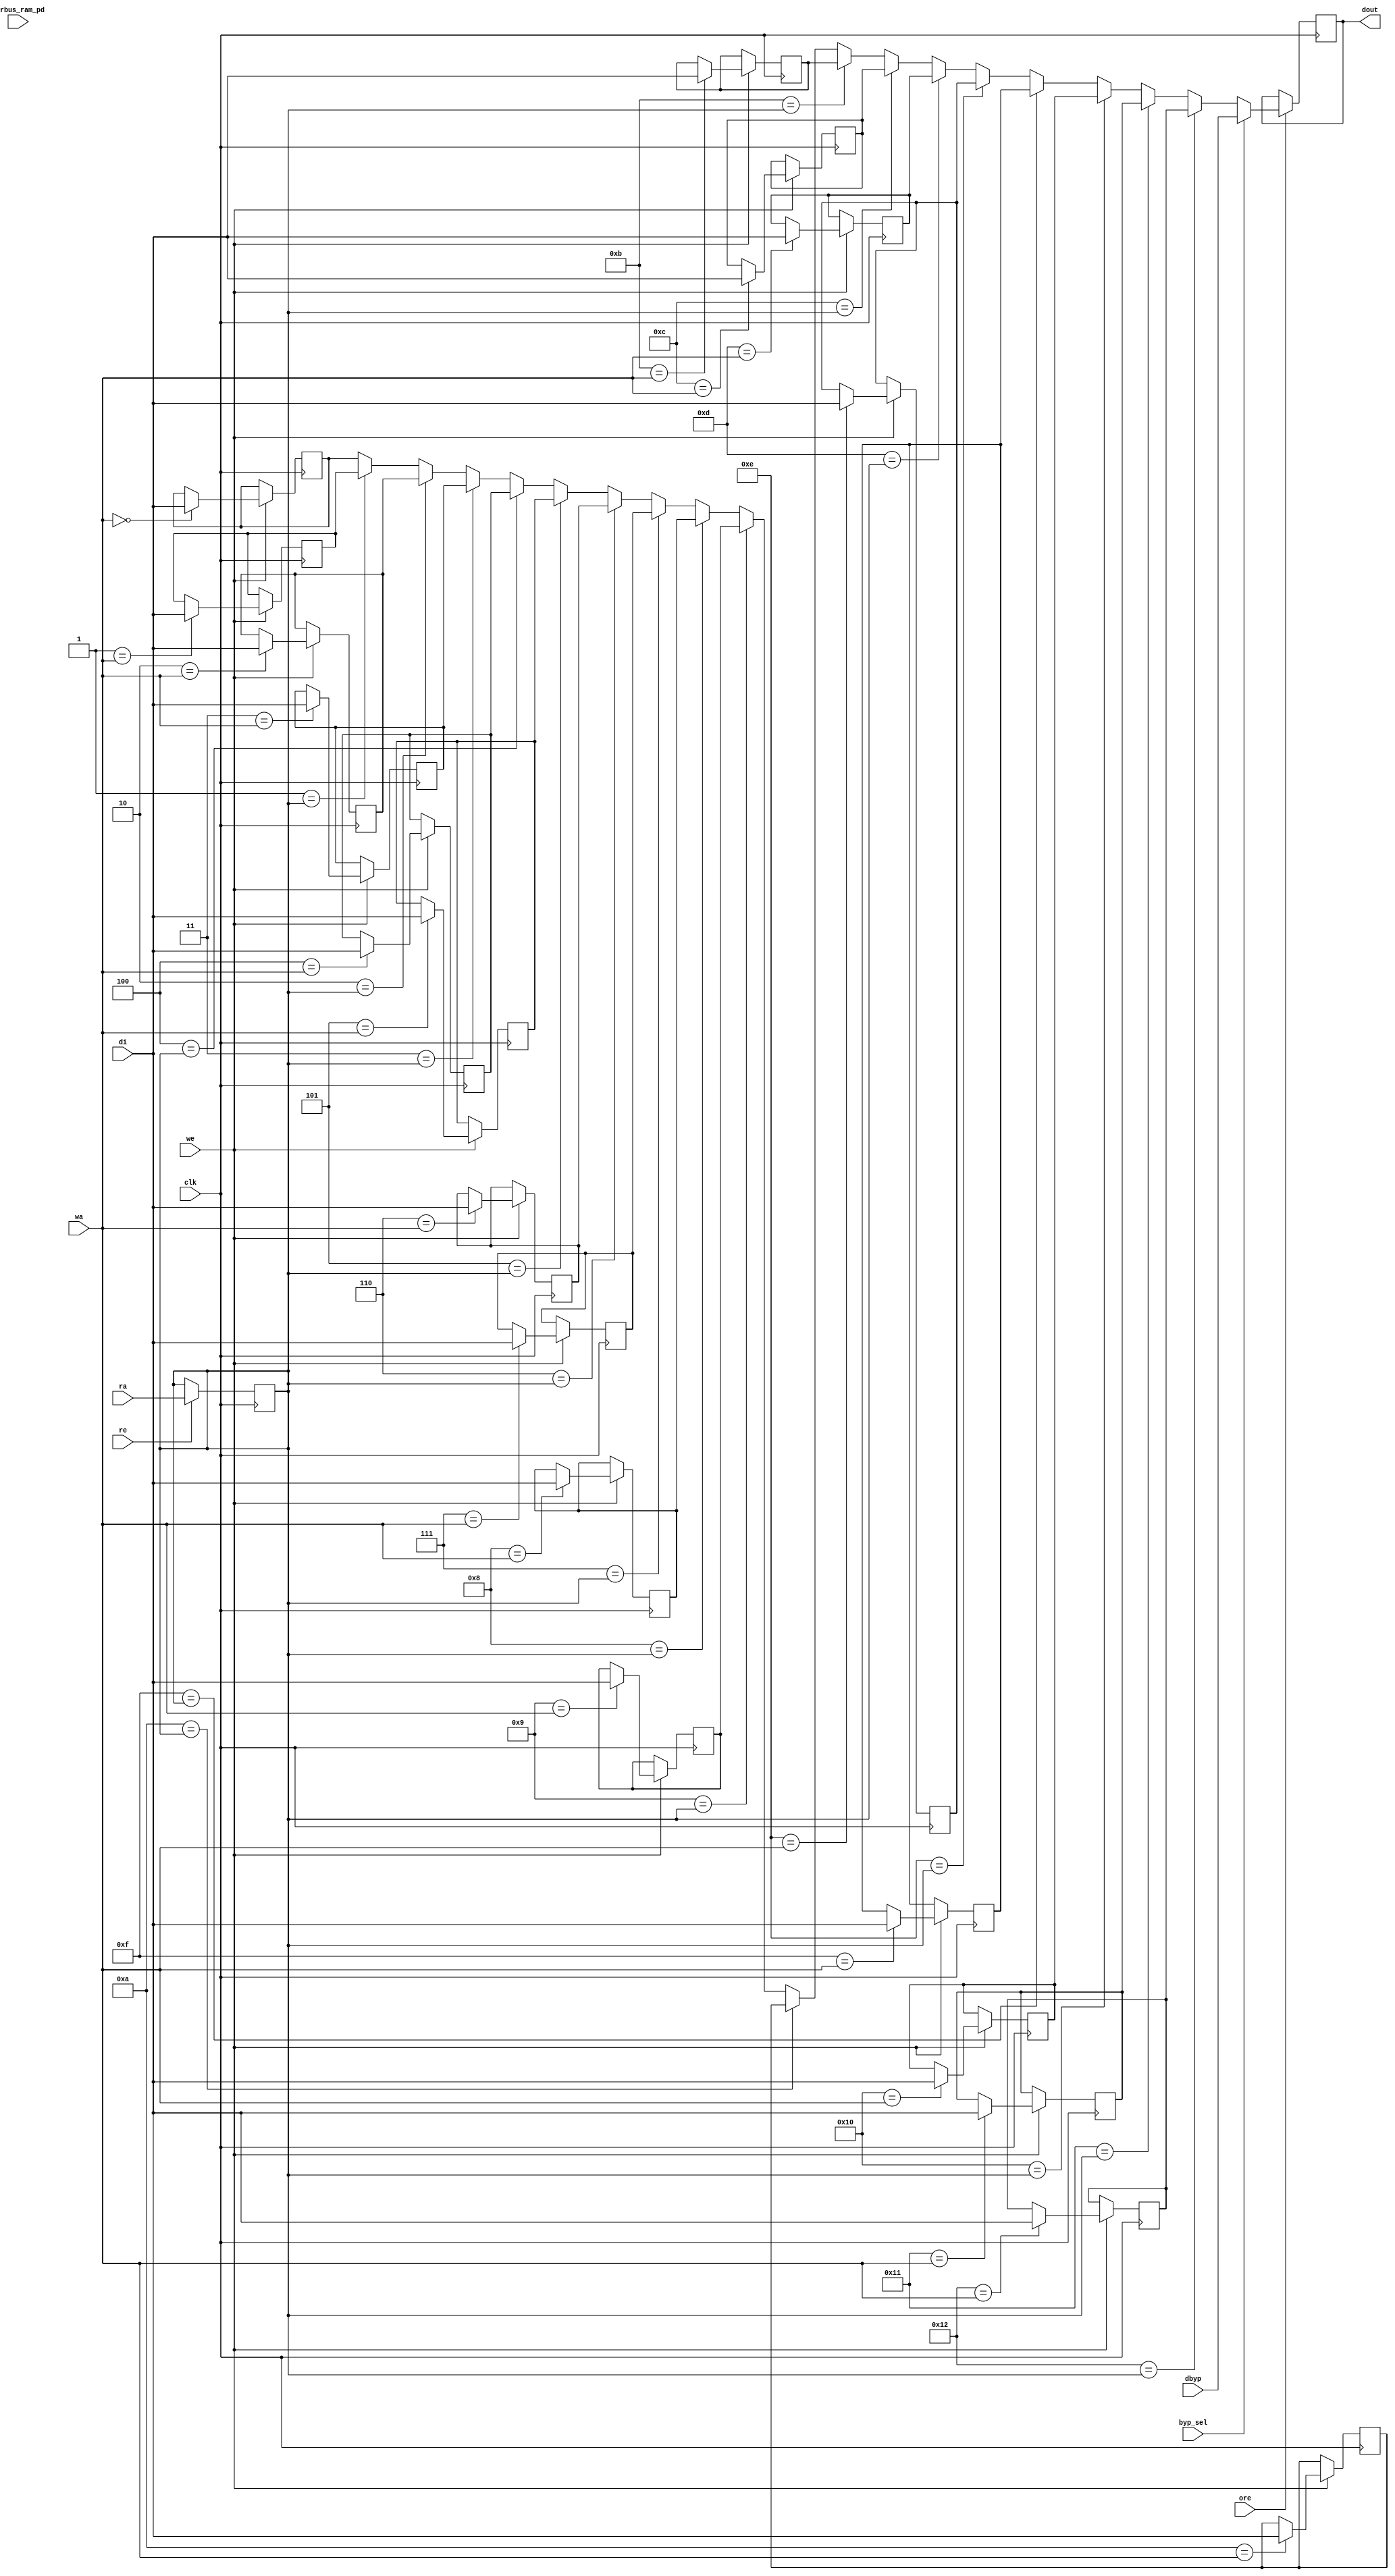
module nv_ram_rwsthp( // @[:@3.2]
  input         clk, // @[:@6.4]
  input         re, // @[:@6.4]
  input         we, // @[:@6.4]
  input         byp_sel, // @[:@6.4]
  input         ore, // @[:@6.4]
  input  [31:0] dbyp, // @[:@6.4]
  input  [4:0]  ra, // @[:@6.4]
  input  [4:0]  wa, // @[:@6.4]
  input  [31:0] pwrbus_ram_pd, // @[:@6.4]
  input  [31:0] di, // @[:@6.4]
  output [31:0] dout // @[:@6.4]
);
  reg [31:0] mem_0; // @[nv_ram_rwsthp.scala 53:14:@8.4]
  reg [31:0] _RAND_0;
  reg [31:0] mem_1; // @[nv_ram_rwsthp.scala 53:14:@8.4]
  reg [31:0] _RAND_1;
  reg [31:0] mem_2; // @[nv_ram_rwsthp.scala 53:14:@8.4]
  reg [31:0] _RAND_2;
  reg [31:0] mem_3; // @[nv_ram_rwsthp.scala 53:14:@8.4]
  reg [31:0] _RAND_3;
  reg [31:0] mem_4; // @[nv_ram_rwsthp.scala 53:14:@8.4]
  reg [31:0] _RAND_4;
  reg [31:0] mem_5; // @[nv_ram_rwsthp.scala 53:14:@8.4]
  reg [31:0] _RAND_5;
  reg [31:0] mem_6; // @[nv_ram_rwsthp.scala 53:14:@8.4]
  reg [31:0] _RAND_6;
  reg [31:0] mem_7; // @[nv_ram_rwsthp.scala 53:14:@8.4]
  reg [31:0] _RAND_7;
  reg [31:0] mem_8; // @[nv_ram_rwsthp.scala 53:14:@8.4]
  reg [31:0] _RAND_8;
  reg [31:0] mem_9; // @[nv_ram_rwsthp.scala 53:14:@8.4]
  reg [31:0] _RAND_9;
  reg [31:0] mem_10; // @[nv_ram_rwsthp.scala 53:14:@8.4]
  reg [31:0] _RAND_10;
  reg [31:0] mem_11; // @[nv_ram_rwsthp.scala 53:14:@8.4]
  reg [31:0] _RAND_11;
  reg [31:0] mem_12; // @[nv_ram_rwsthp.scala 53:14:@8.4]
  reg [31:0] _RAND_12;
  reg [31:0] mem_13; // @[nv_ram_rwsthp.scala 53:14:@8.4]
  reg [31:0] _RAND_13;
  reg [31:0] mem_14; // @[nv_ram_rwsthp.scala 53:14:@8.4]
  reg [31:0] _RAND_14;
  reg [31:0] mem_15; // @[nv_ram_rwsthp.scala 53:14:@8.4]
  reg [31:0] _RAND_15;
  reg [31:0] mem_16; // @[nv_ram_rwsthp.scala 53:14:@8.4]
  reg [31:0] _RAND_16;
  reg [31:0] mem_17; // @[nv_ram_rwsthp.scala 53:14:@8.4]
  reg [31:0] _RAND_17;
  reg [31:0] mem_18; // @[nv_ram_rwsthp.scala 53:14:@8.4]
  reg [31:0] _RAND_18;
  reg [4:0] ra_d; // @[nv_ram_rwsthp.scala 54:15:@9.4]
  reg [31:0] _RAND_19;
  wire [31:0] _GEN_0; // @[nv_ram_rwsthp.scala 57:16:@11.6]
  wire [31:0] _GEN_1; // @[nv_ram_rwsthp.scala 57:16:@11.6]
  wire [31:0] _GEN_2; // @[nv_ram_rwsthp.scala 57:16:@11.6]
  wire [31:0] _GEN_3; // @[nv_ram_rwsthp.scala 57:16:@11.6]
  wire [31:0] _GEN_4; // @[nv_ram_rwsthp.scala 57:16:@11.6]
  wire [31:0] _GEN_5; // @[nv_ram_rwsthp.scala 57:16:@11.6]
  wire [31:0] _GEN_6; // @[nv_ram_rwsthp.scala 57:16:@11.6]
  wire [31:0] _GEN_7; // @[nv_ram_rwsthp.scala 57:16:@11.6]
  wire [31:0] _GEN_8; // @[nv_ram_rwsthp.scala 57:16:@11.6]
  wire [31:0] _GEN_9; // @[nv_ram_rwsthp.scala 57:16:@11.6]
  wire [31:0] _GEN_10; // @[nv_ram_rwsthp.scala 57:16:@11.6]
  wire [31:0] _GEN_11; // @[nv_ram_rwsthp.scala 57:16:@11.6]
  wire [31:0] _GEN_12; // @[nv_ram_rwsthp.scala 57:16:@11.6]
  wire [31:0] _GEN_13; // @[nv_ram_rwsthp.scala 57:16:@11.6]
  wire [31:0] _GEN_14; // @[nv_ram_rwsthp.scala 57:16:@11.6]
  wire [31:0] _GEN_15; // @[nv_ram_rwsthp.scala 57:16:@11.6]
  wire [31:0] _GEN_16; // @[nv_ram_rwsthp.scala 57:16:@11.6]
  wire [31:0] _GEN_17; // @[nv_ram_rwsthp.scala 57:16:@11.6]
  wire [31:0] _GEN_18; // @[nv_ram_rwsthp.scala 57:16:@11.6]
  wire [31:0] _GEN_40; // @[nv_ram_rwsthp.scala 64:27:@16.4]
  wire [31:0] _GEN_41; // @[nv_ram_rwsthp.scala 64:27:@16.4]
  wire [31:0] _GEN_42; // @[nv_ram_rwsthp.scala 64:27:@16.4]
  wire [31:0] _GEN_43; // @[nv_ram_rwsthp.scala 64:27:@16.4]
  wire [31:0] _GEN_44; // @[nv_ram_rwsthp.scala 64:27:@16.4]
  wire [31:0] _GEN_45; // @[nv_ram_rwsthp.scala 64:27:@16.4]
  wire [31:0] _GEN_46; // @[nv_ram_rwsthp.scala 64:27:@16.4]
  wire [31:0] _GEN_47; // @[nv_ram_rwsthp.scala 64:27:@16.4]
  wire [31:0] _GEN_48; // @[nv_ram_rwsthp.scala 64:27:@16.4]
  wire [31:0] _GEN_49; // @[nv_ram_rwsthp.scala 64:27:@16.4]
  wire [31:0] _GEN_50; // @[nv_ram_rwsthp.scala 64:27:@16.4]
  wire [31:0] _GEN_51; // @[nv_ram_rwsthp.scala 64:27:@16.4]
  wire [31:0] _GEN_52; // @[nv_ram_rwsthp.scala 64:27:@16.4]
  wire [31:0] _GEN_53; // @[nv_ram_rwsthp.scala 64:27:@16.4]
  wire [31:0] _GEN_54; // @[nv_ram_rwsthp.scala 64:27:@16.4]
  wire [31:0] _GEN_55; // @[nv_ram_rwsthp.scala 64:27:@16.4]
  wire [31:0] _GEN_56; // @[nv_ram_rwsthp.scala 64:27:@16.4]
  wire [31:0] _GEN_57; // @[nv_ram_rwsthp.scala 64:27:@16.4]
  wire [31:0] fbypass_dout_ram; // @[nv_ram_rwsthp.scala 64:27:@16.4]
  reg [31:0] dout_r; // @[nv_ram_rwsthp.scala 65:17:@17.4]
  reg [31:0] _RAND_20;
  assign _GEN_0 = 5'h0 == wa ? di : mem_0; // @[nv_ram_rwsthp.scala 57:16:@11.6]
  assign _GEN_1 = 5'h1 == wa ? di : mem_1; // @[nv_ram_rwsthp.scala 57:16:@11.6]
  assign _GEN_2 = 5'h2 == wa ? di : mem_2; // @[nv_ram_rwsthp.scala 57:16:@11.6]
  assign _GEN_3 = 5'h3 == wa ? di : mem_3; // @[nv_ram_rwsthp.scala 57:16:@11.6]
  assign _GEN_4 = 5'h4 == wa ? di : mem_4; // @[nv_ram_rwsthp.scala 57:16:@11.6]
  assign _GEN_5 = 5'h5 == wa ? di : mem_5; // @[nv_ram_rwsthp.scala 57:16:@11.6]
  assign _GEN_6 = 5'h6 == wa ? di : mem_6; // @[nv_ram_rwsthp.scala 57:16:@11.6]
  assign _GEN_7 = 5'h7 == wa ? di : mem_7; // @[nv_ram_rwsthp.scala 57:16:@11.6]
  assign _GEN_8 = 5'h8 == wa ? di : mem_8; // @[nv_ram_rwsthp.scala 57:16:@11.6]
  assign _GEN_9 = 5'h9 == wa ? di : mem_9; // @[nv_ram_rwsthp.scala 57:16:@11.6]
  assign _GEN_10 = 5'ha == wa ? di : mem_10; // @[nv_ram_rwsthp.scala 57:16:@11.6]
  assign _GEN_11 = 5'hb == wa ? di : mem_11; // @[nv_ram_rwsthp.scala 57:16:@11.6]
  assign _GEN_12 = 5'hc == wa ? di : mem_12; // @[nv_ram_rwsthp.scala 57:16:@11.6]
  assign _GEN_13 = 5'hd == wa ? di : mem_13; // @[nv_ram_rwsthp.scala 57:16:@11.6]
  assign _GEN_14 = 5'he == wa ? di : mem_14; // @[nv_ram_rwsthp.scala 57:16:@11.6]
  assign _GEN_15 = 5'hf == wa ? di : mem_15; // @[nv_ram_rwsthp.scala 57:16:@11.6]
  assign _GEN_16 = 5'h10 == wa ? di : mem_16; // @[nv_ram_rwsthp.scala 57:16:@11.6]
  assign _GEN_17 = 5'h11 == wa ? di : mem_17; // @[nv_ram_rwsthp.scala 57:16:@11.6]
  assign _GEN_18 = 5'h12 == wa ? di : mem_18; // @[nv_ram_rwsthp.scala 57:16:@11.6]
  assign _GEN_40 = 5'h1 == ra_d ? mem_1 : mem_0; // @[nv_ram_rwsthp.scala 64:27:@16.4]
  assign _GEN_41 = 5'h2 == ra_d ? mem_2 : _GEN_40; // @[nv_ram_rwsthp.scala 64:27:@16.4]
  assign _GEN_42 = 5'h3 == ra_d ? mem_3 : _GEN_41; // @[nv_ram_rwsthp.scala 64:27:@16.4]
  assign _GEN_43 = 5'h4 == ra_d ? mem_4 : _GEN_42; // @[nv_ram_rwsthp.scala 64:27:@16.4]
  assign _GEN_44 = 5'h5 == ra_d ? mem_5 : _GEN_43; // @[nv_ram_rwsthp.scala 64:27:@16.4]
  assign _GEN_45 = 5'h6 == ra_d ? mem_6 : _GEN_44; // @[nv_ram_rwsthp.scala 64:27:@16.4]
  assign _GEN_46 = 5'h7 == ra_d ? mem_7 : _GEN_45; // @[nv_ram_rwsthp.scala 64:27:@16.4]
  assign _GEN_47 = 5'h8 == ra_d ? mem_8 : _GEN_46; // @[nv_ram_rwsthp.scala 64:27:@16.4]
  assign _GEN_48 = 5'h9 == ra_d ? mem_9 : _GEN_47; // @[nv_ram_rwsthp.scala 64:27:@16.4]
  assign _GEN_49 = 5'ha == ra_d ? mem_10 : _GEN_48; // @[nv_ram_rwsthp.scala 64:27:@16.4]
  assign _GEN_50 = 5'hb == ra_d ? mem_11 : _GEN_49; // @[nv_ram_rwsthp.scala 64:27:@16.4]
  assign _GEN_51 = 5'hc == ra_d ? mem_12 : _GEN_50; // @[nv_ram_rwsthp.scala 64:27:@16.4]
  assign _GEN_52 = 5'hd == ra_d ? mem_13 : _GEN_51; // @[nv_ram_rwsthp.scala 64:27:@16.4]
  assign _GEN_53 = 5'he == ra_d ? mem_14 : _GEN_52; // @[nv_ram_rwsthp.scala 64:27:@16.4]
  assign _GEN_54 = 5'hf == ra_d ? mem_15 : _GEN_53; // @[nv_ram_rwsthp.scala 64:27:@16.4]
  assign _GEN_55 = 5'h10 == ra_d ? mem_16 : _GEN_54; // @[nv_ram_rwsthp.scala 64:27:@16.4]
  assign _GEN_56 = 5'h11 == ra_d ? mem_17 : _GEN_55; // @[nv_ram_rwsthp.scala 64:27:@16.4]
  assign _GEN_57 = 5'h12 == ra_d ? mem_18 : _GEN_56; // @[nv_ram_rwsthp.scala 64:27:@16.4]
  assign fbypass_dout_ram = byp_sel ? dbyp : _GEN_57; // @[nv_ram_rwsthp.scala 64:27:@16.4]
  assign dout = dout_r; // @[nv_ram_rwsthp.scala 70:9:@21.4]
`ifdef RANDOMIZE_GARBAGE_ASSIGN
`define RANDOMIZE
`endif
`ifdef RANDOMIZE_INVALID_ASSIGN
`define RANDOMIZE
`endif
`ifdef RANDOMIZE_REG_INIT
`define RANDOMIZE
`endif
`ifdef RANDOMIZE_MEM_INIT
`define RANDOMIZE
`endif
`ifndef RANDOM
`define RANDOM $random
`endif
`ifdef RANDOMIZE
  integer initvar;
  initial begin
    `ifdef INIT_RANDOM
      `INIT_RANDOM
    `endif
    `ifndef VERILATOR
      #0.002 begin end
    `endif
  `ifdef RANDOMIZE_REG_INIT
  _RAND_0 = {1{`RANDOM}};
  mem_0 = _RAND_0[31:0];
  `endif // RANDOMIZE_REG_INIT
  `ifdef RANDOMIZE_REG_INIT
  _RAND_1 = {1{`RANDOM}};
  mem_1 = _RAND_1[31:0];
  `endif // RANDOMIZE_REG_INIT
  `ifdef RANDOMIZE_REG_INIT
  _RAND_2 = {1{`RANDOM}};
  mem_2 = _RAND_2[31:0];
  `endif // RANDOMIZE_REG_INIT
  `ifdef RANDOMIZE_REG_INIT
  _RAND_3 = {1{`RANDOM}};
  mem_3 = _RAND_3[31:0];
  `endif // RANDOMIZE_REG_INIT
  `ifdef RANDOMIZE_REG_INIT
  _RAND_4 = {1{`RANDOM}};
  mem_4 = _RAND_4[31:0];
  `endif // RANDOMIZE_REG_INIT
  `ifdef RANDOMIZE_REG_INIT
  _RAND_5 = {1{`RANDOM}};
  mem_5 = _RAND_5[31:0];
  `endif // RANDOMIZE_REG_INIT
  `ifdef RANDOMIZE_REG_INIT
  _RAND_6 = {1{`RANDOM}};
  mem_6 = _RAND_6[31:0];
  `endif // RANDOMIZE_REG_INIT
  `ifdef RANDOMIZE_REG_INIT
  _RAND_7 = {1{`RANDOM}};
  mem_7 = _RAND_7[31:0];
  `endif // RANDOMIZE_REG_INIT
  `ifdef RANDOMIZE_REG_INIT
  _RAND_8 = {1{`RANDOM}};
  mem_8 = _RAND_8[31:0];
  `endif // RANDOMIZE_REG_INIT
  `ifdef RANDOMIZE_REG_INIT
  _RAND_9 = {1{`RANDOM}};
  mem_9 = _RAND_9[31:0];
  `endif // RANDOMIZE_REG_INIT
  `ifdef RANDOMIZE_REG_INIT
  _RAND_10 = {1{`RANDOM}};
  mem_10 = _RAND_10[31:0];
  `endif // RANDOMIZE_REG_INIT
  `ifdef RANDOMIZE_REG_INIT
  _RAND_11 = {1{`RANDOM}};
  mem_11 = _RAND_11[31:0];
  `endif // RANDOMIZE_REG_INIT
  `ifdef RANDOMIZE_REG_INIT
  _RAND_12 = {1{`RANDOM}};
  mem_12 = _RAND_12[31:0];
  `endif // RANDOMIZE_REG_INIT
  `ifdef RANDOMIZE_REG_INIT
  _RAND_13 = {1{`RANDOM}};
  mem_13 = _RAND_13[31:0];
  `endif // RANDOMIZE_REG_INIT
  `ifdef RANDOMIZE_REG_INIT
  _RAND_14 = {1{`RANDOM}};
  mem_14 = _RAND_14[31:0];
  `endif // RANDOMIZE_REG_INIT
  `ifdef RANDOMIZE_REG_INIT
  _RAND_15 = {1{`RANDOM}};
  mem_15 = _RAND_15[31:0];
  `endif // RANDOMIZE_REG_INIT
  `ifdef RANDOMIZE_REG_INIT
  _RAND_16 = {1{`RANDOM}};
  mem_16 = _RAND_16[31:0];
  `endif // RANDOMIZE_REG_INIT
  `ifdef RANDOMIZE_REG_INIT
  _RAND_17 = {1{`RANDOM}};
  mem_17 = _RAND_17[31:0];
  `endif // RANDOMIZE_REG_INIT
  `ifdef RANDOMIZE_REG_INIT
  _RAND_18 = {1{`RANDOM}};
  mem_18 = _RAND_18[31:0];
  `endif // RANDOMIZE_REG_INIT
  `ifdef RANDOMIZE_REG_INIT
  _RAND_19 = {1{`RANDOM}};
  ra_d = _RAND_19[4:0];
  `endif // RANDOMIZE_REG_INIT
  `ifdef RANDOMIZE_REG_INIT
  _RAND_20 = {1{`RANDOM}};
  dout_r = _RAND_20[31:0];
  `endif // RANDOMIZE_REG_INIT
  end
`endif // RANDOMIZE
  always @(posedge clk) begin
    if (we) begin
      if (5'h0 == wa) begin
        mem_0 <= di;
      end
    end
    if (we) begin
      if (5'h1 == wa) begin
        mem_1 <= di;
      end
    end
    if (we) begin
      if (5'h2 == wa) begin
        mem_2 <= di;
      end
    end
    if (we) begin
      if (5'h3 == wa) begin
        mem_3 <= di;
      end
    end
    if (we) begin
      if (5'h4 == wa) begin
        mem_4 <= di;
      end
    end
    if (we) begin
      if (5'h5 == wa) begin
        mem_5 <= di;
      end
    end
    if (we) begin
      if (5'h6 == wa) begin
        mem_6 <= di;
      end
    end
    if (we) begin
      if (5'h7 == wa) begin
        mem_7 <= di;
      end
    end
    if (we) begin
      if (5'h8 == wa) begin
        mem_8 <= di;
      end
    end
    if (we) begin
      if (5'h9 == wa) begin
        mem_9 <= di;
      end
    end
    if (we) begin
      if (5'ha == wa) begin
        mem_10 <= di;
      end
    end
    if (we) begin
      if (5'hb == wa) begin
        mem_11 <= di;
      end
    end
    if (we) begin
      if (5'hc == wa) begin
        mem_12 <= di;
      end
    end
    if (we) begin
      if (5'hd == wa) begin
        mem_13 <= di;
      end
    end
    if (we) begin
      if (5'he == wa) begin
        mem_14 <= di;
      end
    end
    if (we) begin
      if (5'hf == wa) begin
        mem_15 <= di;
      end
    end
    if (we) begin
      if (5'h10 == wa) begin
        mem_16 <= di;
      end
    end
    if (we) begin
      if (5'h11 == wa) begin
        mem_17 <= di;
      end
    end
    if (we) begin
      if (5'h12 == wa) begin
        mem_18 <= di;
      end
    end
    if (re) begin
      ra_d <= ra;
    end
    if (ore) begin
      if (byp_sel) begin
        dout_r <= dbyp;
      end else begin
        if (5'h12 == ra_d) begin
          dout_r <= mem_18;
        end else begin
          if (5'h11 == ra_d) begin
            dout_r <= mem_17;
          end else begin
            if (5'h10 == ra_d) begin
              dout_r <= mem_16;
            end else begin
              if (5'hf == ra_d) begin
                dout_r <= mem_15;
              end else begin
                if (5'he == ra_d) begin
                  dout_r <= mem_14;
                end else begin
                  if (5'hd == ra_d) begin
                    dout_r <= mem_13;
                  end else begin
                    if (5'hc == ra_d) begin
                      dout_r <= mem_12;
                    end else begin
                      if (5'hb == ra_d) begin
                        dout_r <= mem_11;
                      end else begin
                        if (5'ha == ra_d) begin
                          dout_r <= mem_10;
                        end else begin
                          if (5'h9 == ra_d) begin
                            dout_r <= mem_9;
                          end else begin
                            if (5'h8 == ra_d) begin
                              dout_r <= mem_8;
                            end else begin
                              if (5'h7 == ra_d) begin
                                dout_r <= mem_7;
                              end else begin
                                if (5'h6 == ra_d) begin
                                  dout_r <= mem_6;
                                end else begin
                                  if (5'h5 == ra_d) begin
                                    dout_r <= mem_5;
                                  end else begin
                                    if (5'h4 == ra_d) begin
                                      dout_r <= mem_4;
                                    end else begin
                                      if (5'h3 == ra_d) begin
                                        dout_r <= mem_3;
                                      end else begin
                                        if (5'h2 == ra_d) begin
                                          dout_r <= mem_2;
                                        end else begin
                                          if (5'h1 == ra_d) begin
                                            dout_r <= mem_1;
                                          end else begin
                                            dout_r <= mem_0;
                                          end
                                        end
                                      end
                                    end
                                  end
                                end
                              end
                            end
                          end
                        end
                      end
                    end
                  end
                end
              end
            end
          end
        end
      end
    end
  end
endmodule


module nv_ram_rwsthp_19x32 ( 
		clk,
		ra,
		re,
		ore,
		dout,
		wa,
		we,
		di,
		byp_sel,
		dbyp,
		pwrbus_ram_pd
);

parameter FORCE_CONTENTION_ASSERTION_RESET_ACTIVE=1'b0;

// port list
input			clk;
input	[4:0]	ra;
input			re;
input			ore;
output	[31:0]	dout;
input	[4:0]	wa;
input			we;
input	[31:0]	di;
input			byp_sel;
input	[31:0]	dbyp;
input	[31:0]	pwrbus_ram_pd;

//reg and wire list
reg		[4:0]	ra_d;
wire	[31:0]	dout;
reg		[31:0]	M	[18:0];

always @( posedge clk ) begin
    if (we)
       M[wa] <= di;
end
 
always @( posedge clk ) begin
    if (re) 
       ra_d <= ra;
end

wire	[31:0]	dout_ram = M[ra_d];

wire	[31:0]	fbypass_dout_ram = (byp_sel ? dbyp : dout_ram);

reg		[31:0]	dout_r;
always @( posedge clk ) begin
   if (ore)
       dout_r <= fbypass_dout_ram;
end

assign dout = dout_r;


endmodule